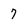
Character: 7